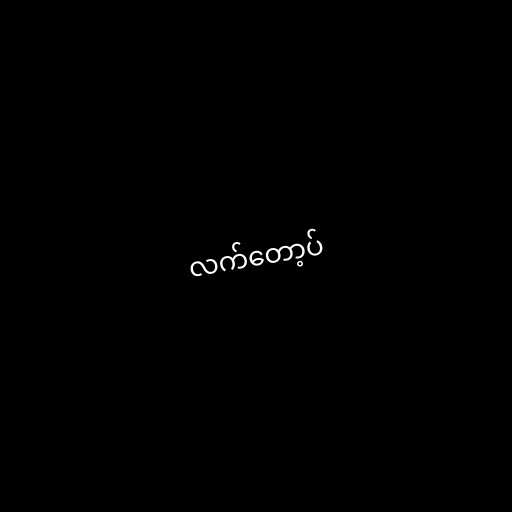
လက်တော့ပ်